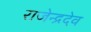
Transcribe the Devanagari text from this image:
राजेन्द्रदेव